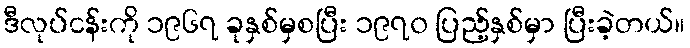
ဒီလုပ်ငန်းကို ၁၉၆၇ ခုနှစ်မှစပြီး ၁၉၇၀ ပြည့်နှစ်မှာ ပြီးခဲ့တယ်။